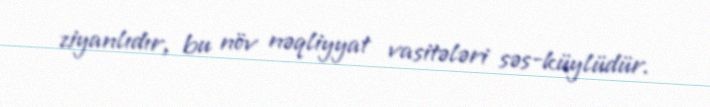
ziyanlıdır, bu növ nəqliyyat vasitələri səs-küylüdür.